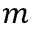
m